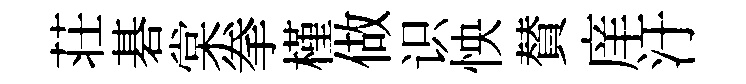
荘碁棠拳槿做识怏賛庠汙